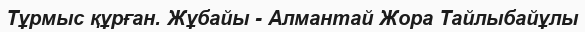
Тұрмыс құрған. Жұбайы - Алмантай Жора Тайлыбайұлы